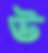
উ